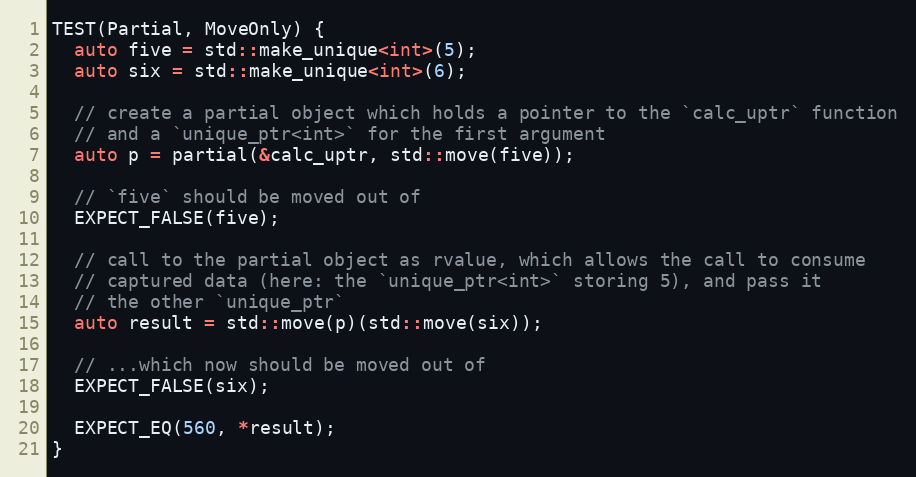
Language: C++
TEST(Partial, MoveOnly) {
  auto five = std::make_unique<int>(5);
  auto six = std::make_unique<int>(6);

  // create a partial object which holds a pointer to the `calc_uptr` function
  // and a `unique_ptr<int>` for the first argument
  auto p = partial(&calc_uptr, std::move(five));

  // `five` should be moved out of
  EXPECT_FALSE(five);

  // call to the partial object as rvalue, which allows the call to consume
  // captured data (here: the `unique_ptr<int>` storing 5), and pass it
  // the other `unique_ptr`
  auto result = std::move(p)(std::move(six));

  // ...which now should be moved out of
  EXPECT_FALSE(six);

  EXPECT_EQ(560, *result);
}